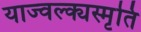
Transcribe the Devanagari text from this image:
याज्‍वल्क्यस्मृति